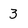
Character: 3